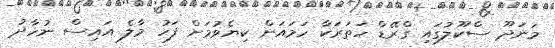
މަނަދޫ ސްކޫލުގައި ގްރޭޑް ހަތަރަކާ ހަމައަށް ކިޔެވުމަށް ފަހު މާލެ އައިސް ނުހާދު